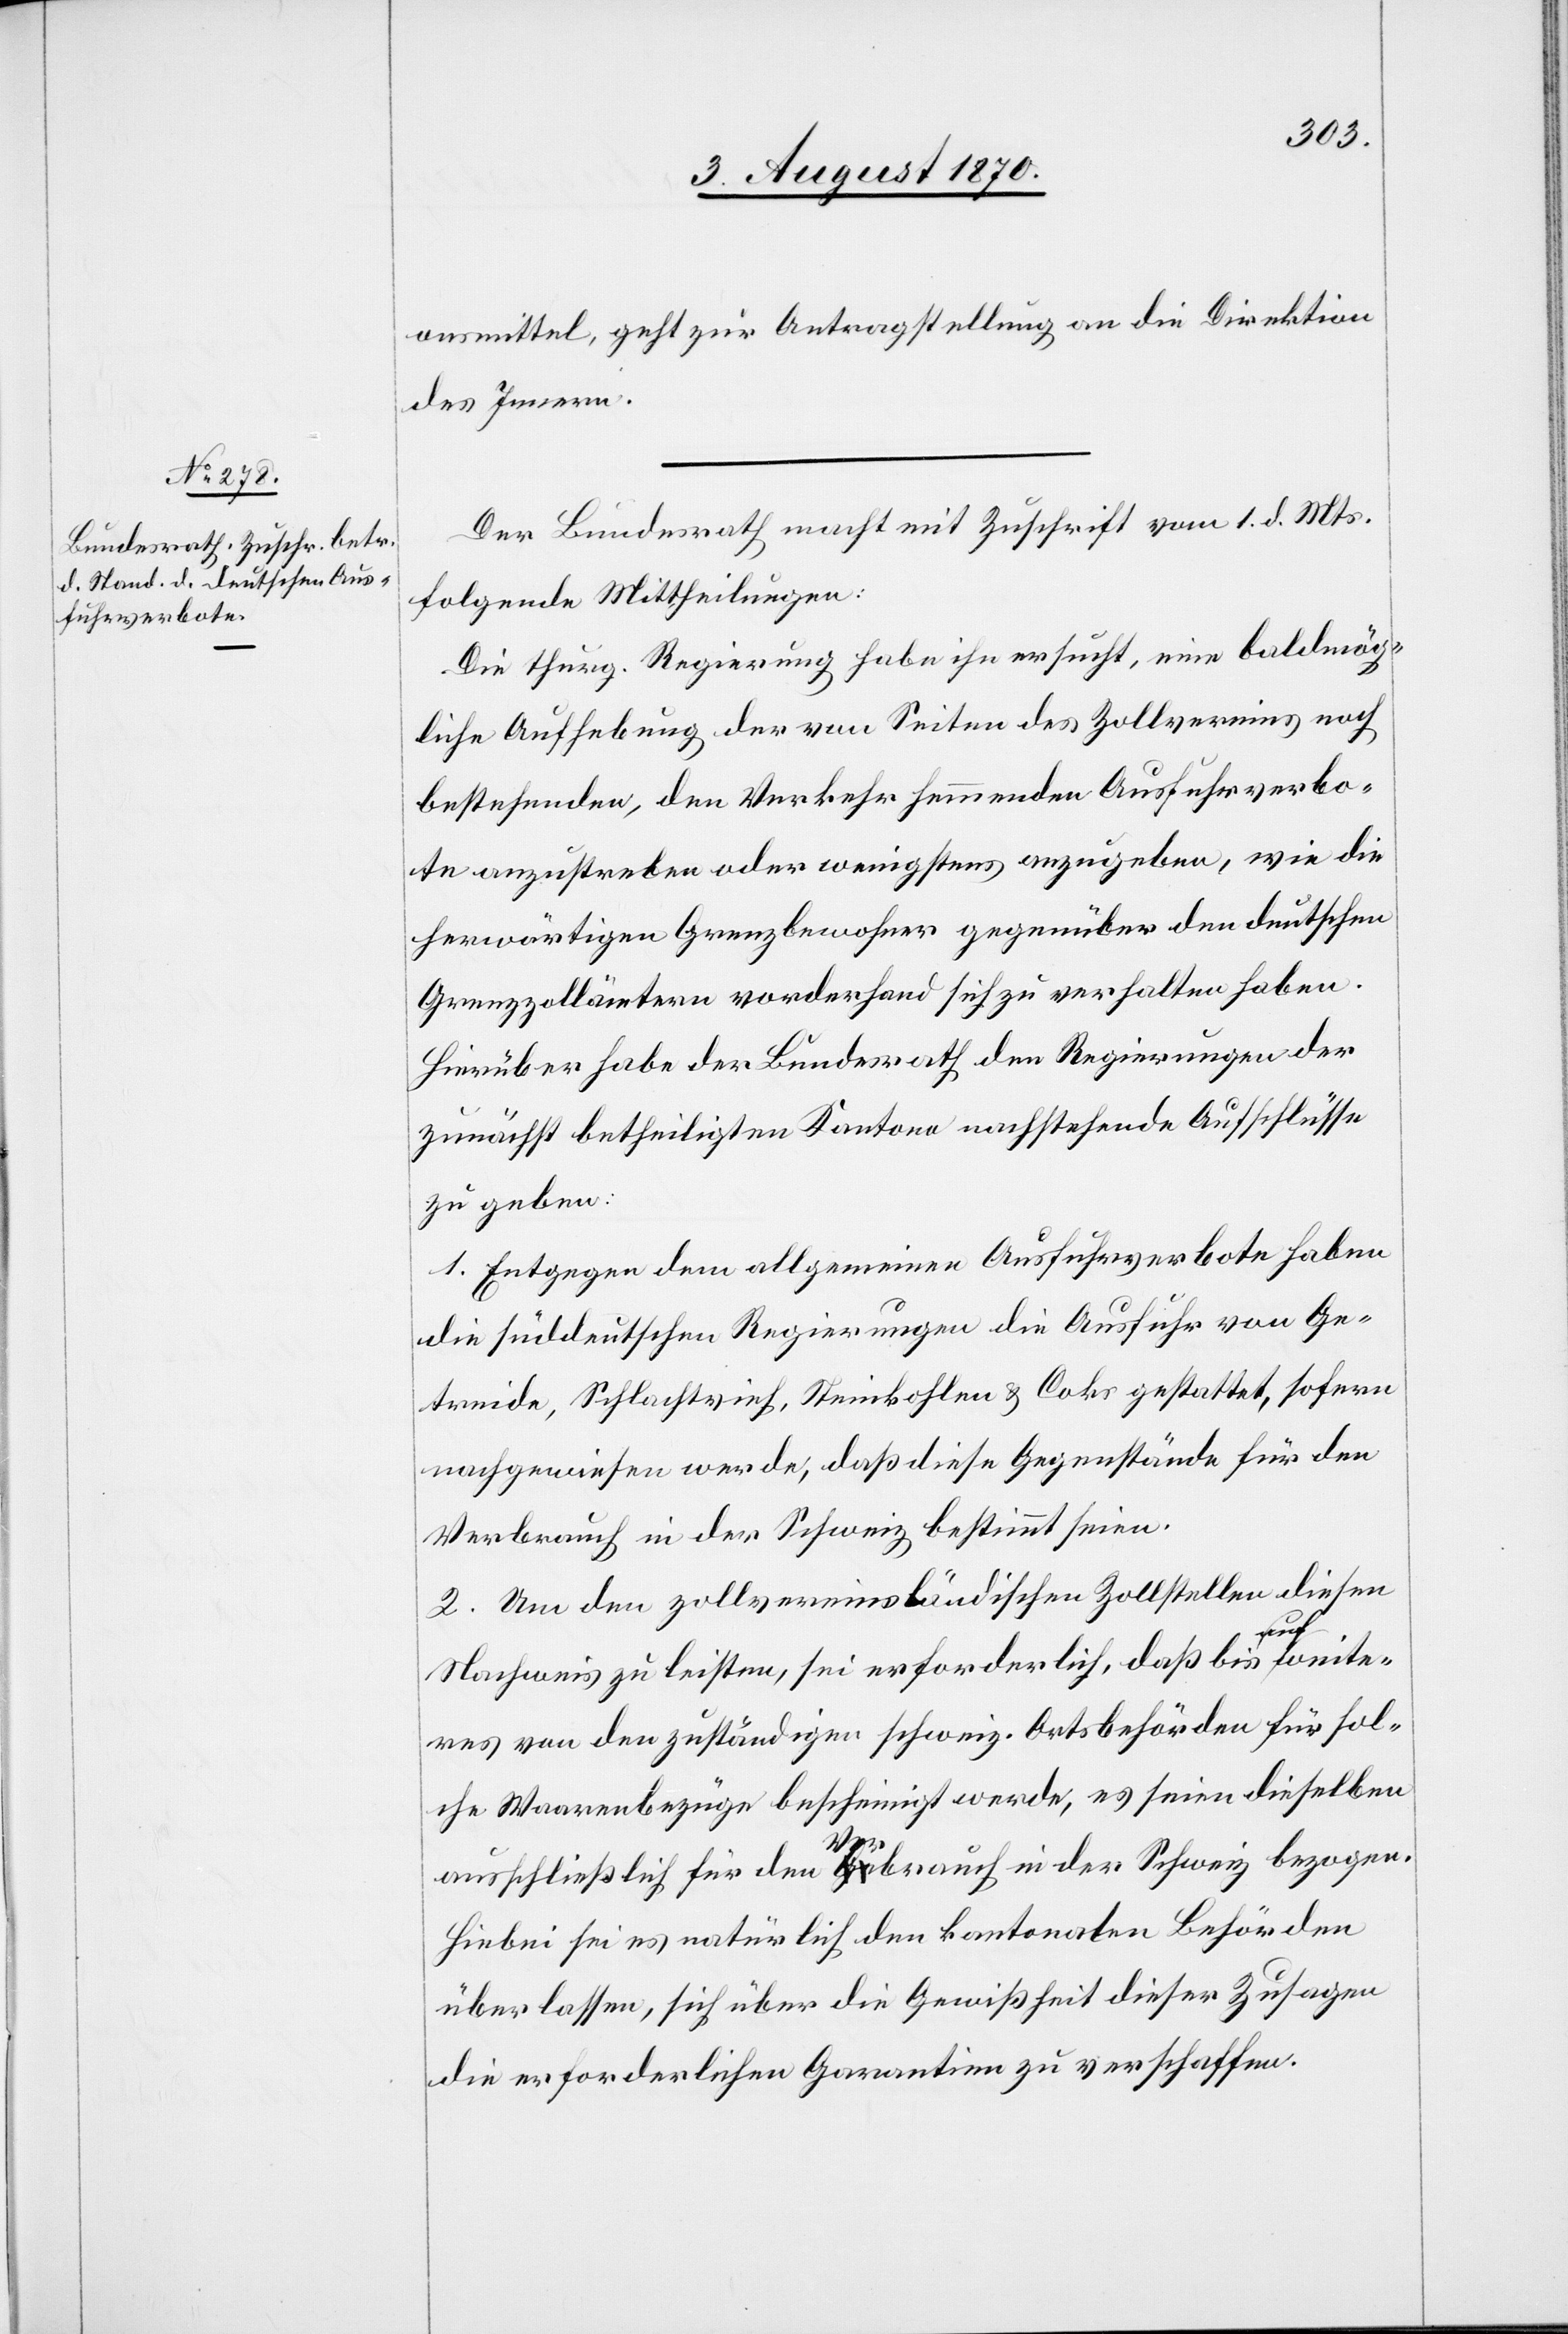
3. August 1870.]
onsmittel, geht zur Antragstellung an die Direktion
des Innern.
Der Bundesrath macht mit Zuschrift vom 1. d. Mts.
folgende Mittheilungen:
Die thurg. Regierung habe ihn ersucht, eine baldmög¬
liche Aufhebung der von Seiten des Zollvereins noch
bestehenden, den Verkehr hemmenden Ausfuhrverbo¬
te anzustreben oder wenigstens anzugeben, wie die
herwärtigen Grenzbewohner gegenüber den deutschen
Grenzzollämtern vorderhand sich zu verhalten haben.
Hierüber habe der Bundesrath den Regierungen der
zunächst betheiligten Kantone nachstehende Aufschlüsse
zu geben.
1. Entgegen dem allgemeinen Ausfuhrverbote haben
die süddeutschen Regierungen die Ausfuhr von Ge¬
treide, Schlachtvieh, Steinkohlen & Coks gestattet, sofern
nachgewiesen werde, daß diese Gegenstände für den
Verbracht in der Schweiz bestimmt seien.
2. Um den zollvereinsländischen Zollstellen diesen
Nachweis zu leisten, sei erforderlich, daß bis auf weite¬
res von den zuständigen schweiz. Ortsbehörden für sol¬
che Waarenbezüge bescheinigt werde, es seien dieselben
ausschließlich für den Verbrauch in der Schweiz bezogen.
Hiebei sei es natürlich den kantonalen Behörden
überlassen, sich über die Gewißheit dieser Zusagen
die erforderlichen Garantien zu verschaffen.